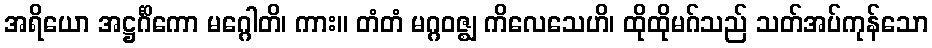
အရိယော အဋ္ဌင်္ဂိကော မဂ္ဂေါတိ၊ ကား။ တံတံ မဂ္ဂဝဇ္ဈ ကိလေသေဟိ၊ ထိုထိုမဂ်သည် သတ်အပ်ကုန်သော